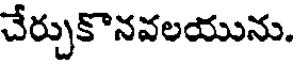
చేర్చుకొనవలయును.